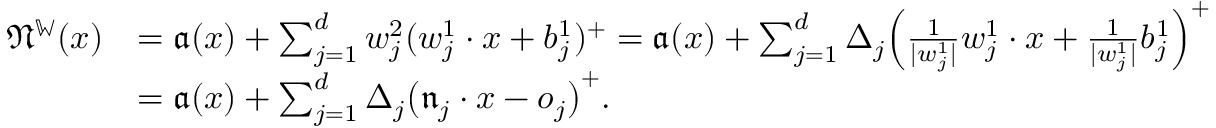
\begin{array} { r l } { \mathfrak N ^ { \mathbb W } ( x ) } & { = \mathfrak a ( x ) + \sum _ { j = 1 } ^ { d } w _ { j } ^ { 2 } ( w _ { j } ^ { 1 } \cdot x + b _ { j } ^ { 1 } ) ^ { + } = \mathfrak a ( x ) + \sum _ { j = 1 } ^ { d } \Delta _ { j } \Bigl ( \frac 1 { | w _ { j } ^ { 1 } | } w _ { j } ^ { 1 } \cdot x + \frac 1 { | w _ { j } ^ { 1 } | } b _ { j } ^ { 1 } \Bigr ) ^ { + } } \\ & { = \mathfrak a ( x ) + \sum _ { j = 1 } ^ { d } \Delta _ { j } \bigl ( \mathfrak { n } _ { j } \cdot x - o _ { j } \bigr ) ^ { + } . } \end{array}